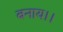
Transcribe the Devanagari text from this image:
बनाय।।